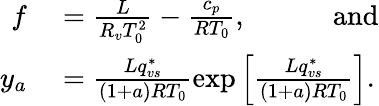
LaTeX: \begin{array}{rl}{f}&{{}=\frac{L}{R_{v}T_{0}^{2}}-\frac{c_{p}}{RT_{0}},\quad\quad\quad\mathrm{and}}\\ {y_{a}}&{{}=\frac{Lq_{vs}^{*}}{(1+a)RT_{0}}\exp\left[\frac{Lq_{vs}^{*}}{(1+a)RT_{0}}\right].}\end{array}